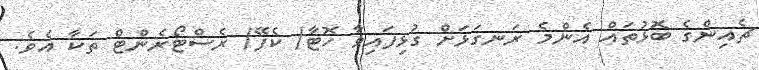
ޗެއިންގެ ބޮޅުތައް އެންމެ ރަނގަޅަށް ގުޅިފައިވާ ހޮޓާ/ ކެފޭ/ ރެސްޓޯރެންޓް ތަކާ އެވެ.